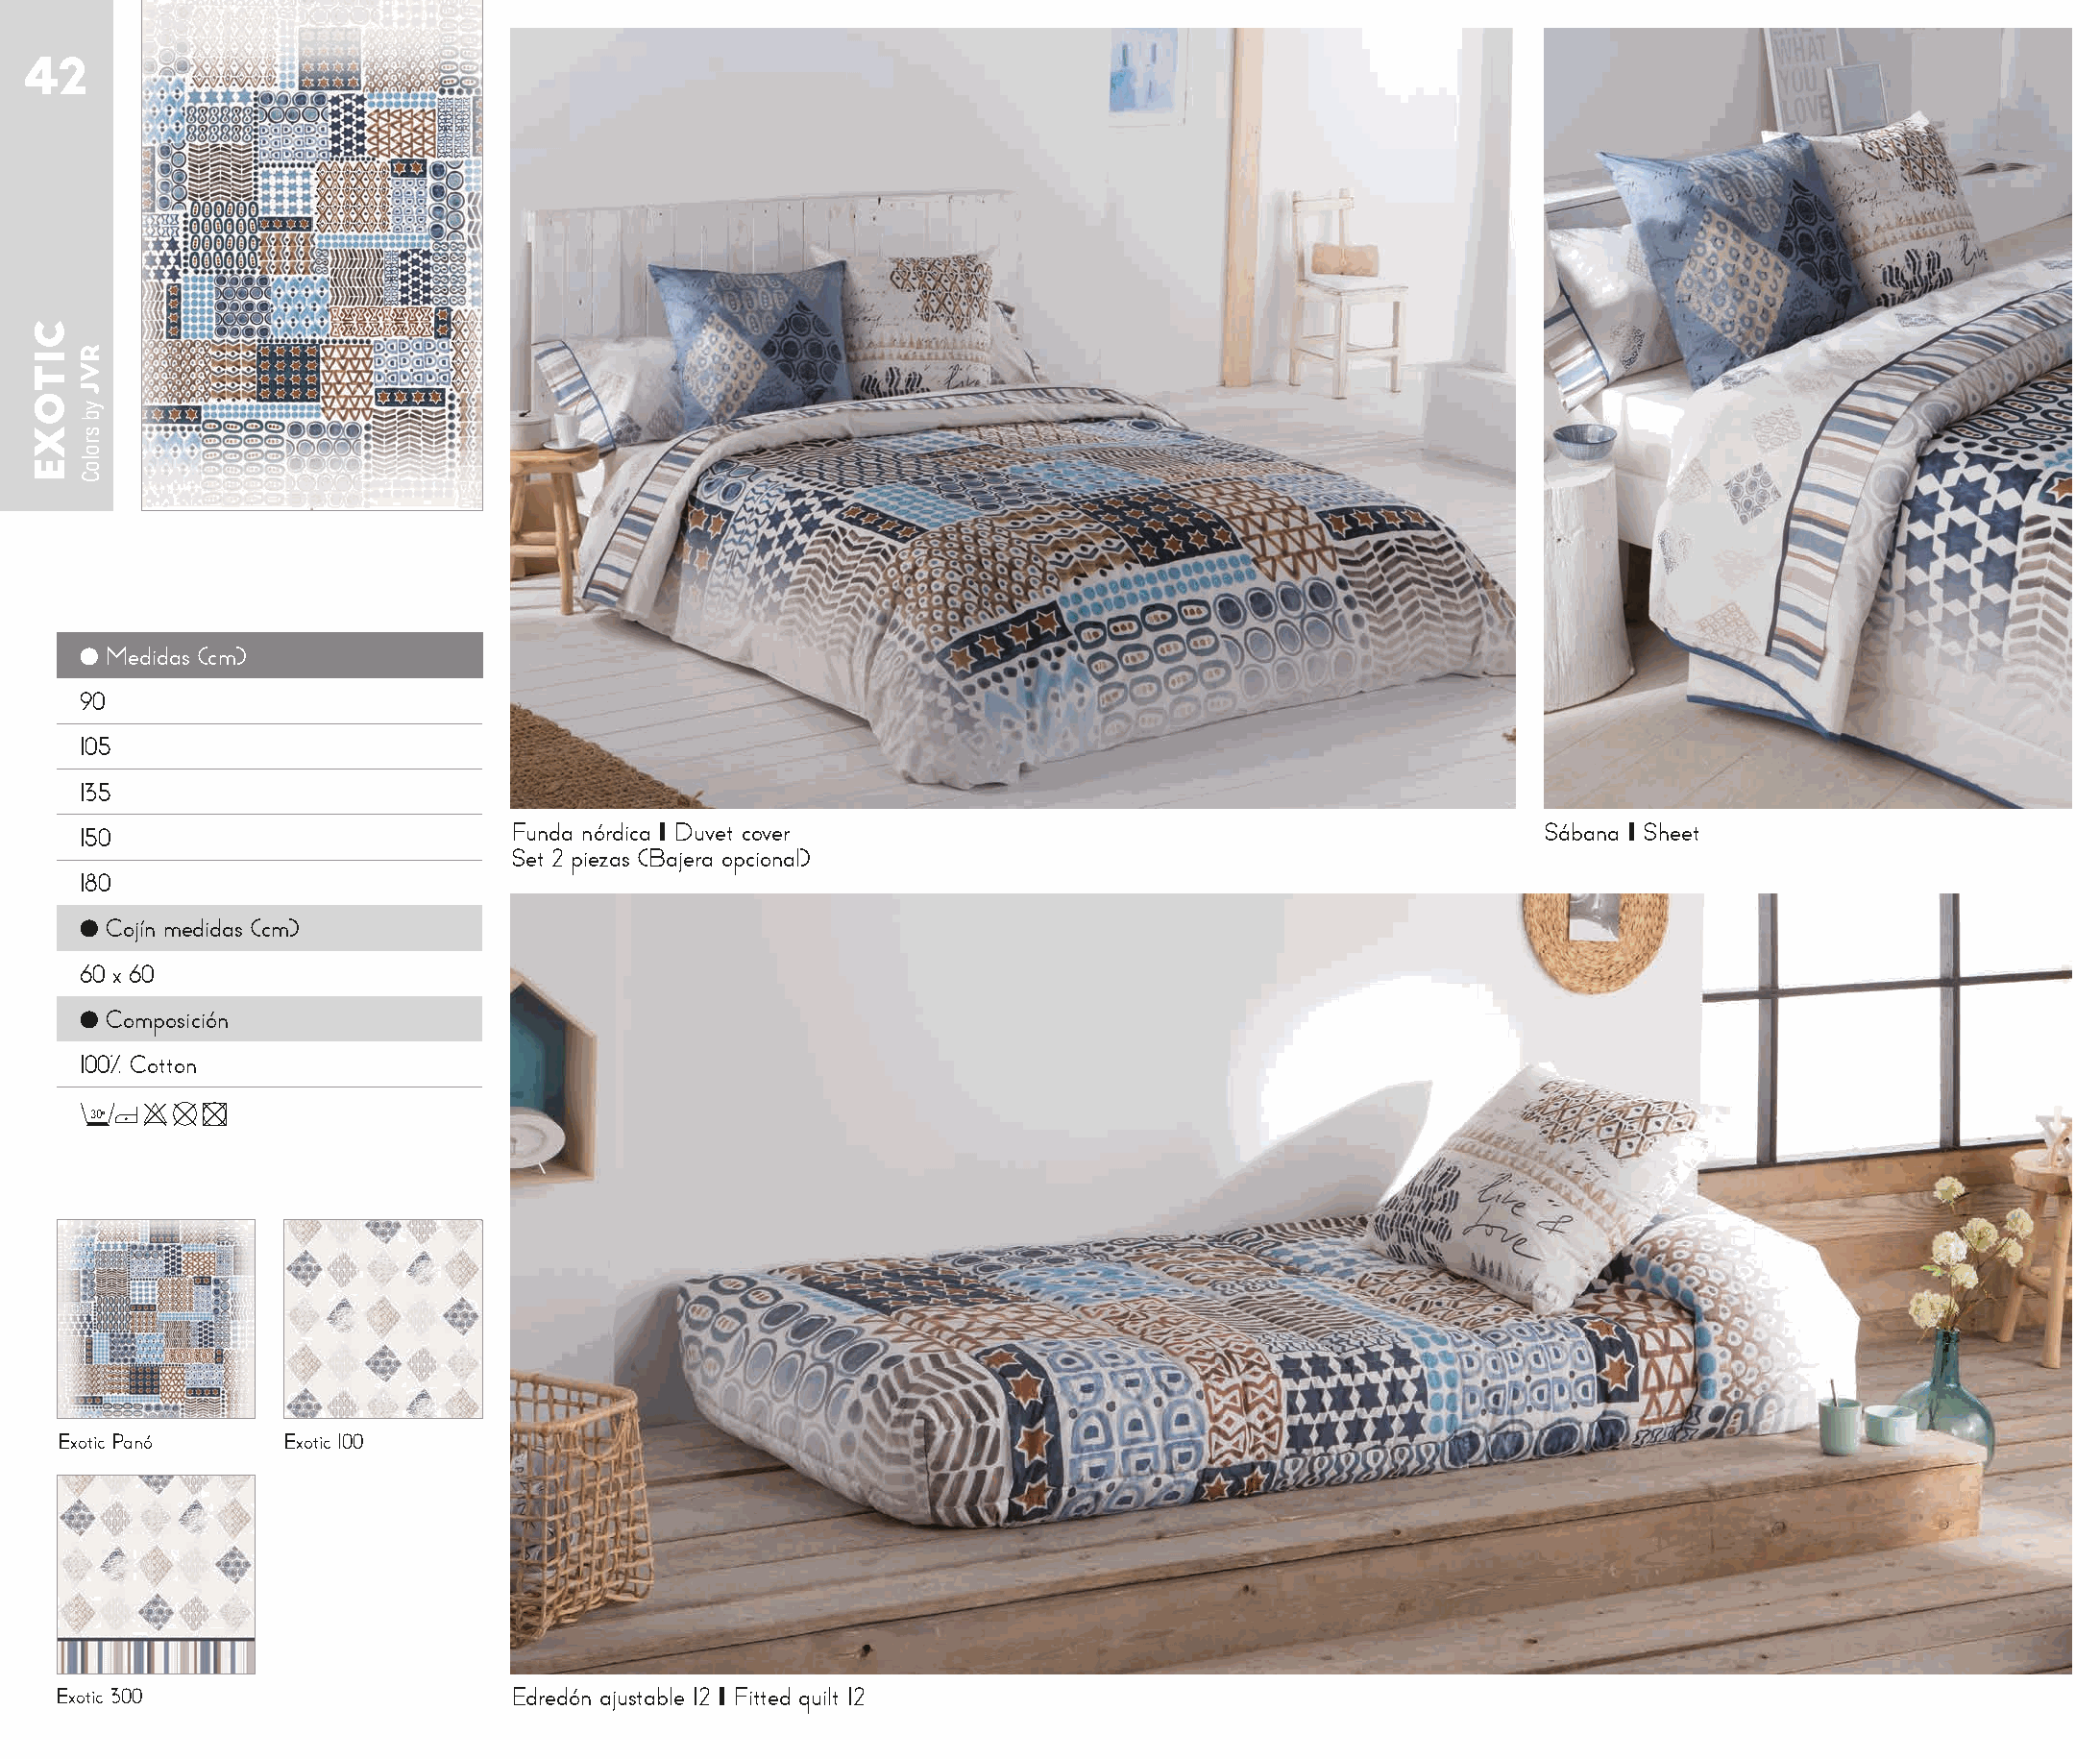
42
 ● Medidas (cm)
 90
 105
 135
 150                           Funda nórdica I Duvet cover                                            Sábana I Sheet
 Set 2 piezas (Bajera opcional)
 180
 ● Cojín medidas (cm)
 60 x 60
 ● Composición
 100% Cotton
 30o
 Exotic Panó     Exotic 100
 Exotic 300                     Edredón ajustable 12 I Fitted quilt 12
 CITOXE
 RVJ
 yb
 sroloC